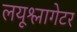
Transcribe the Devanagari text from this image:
लयूश्लागेटर